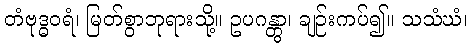
တံဗုဒ္ဓဝရံ၊ မြတ်စွာဘုရားသို့။ ဥပဂန္တွာ၊ ချဉ်းကပ်၍။ သသံဃံ၊